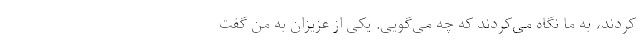
کردند، به ما نگاه می‌کردند که چه می‌گویی. یکی از عزیزان به من گفت